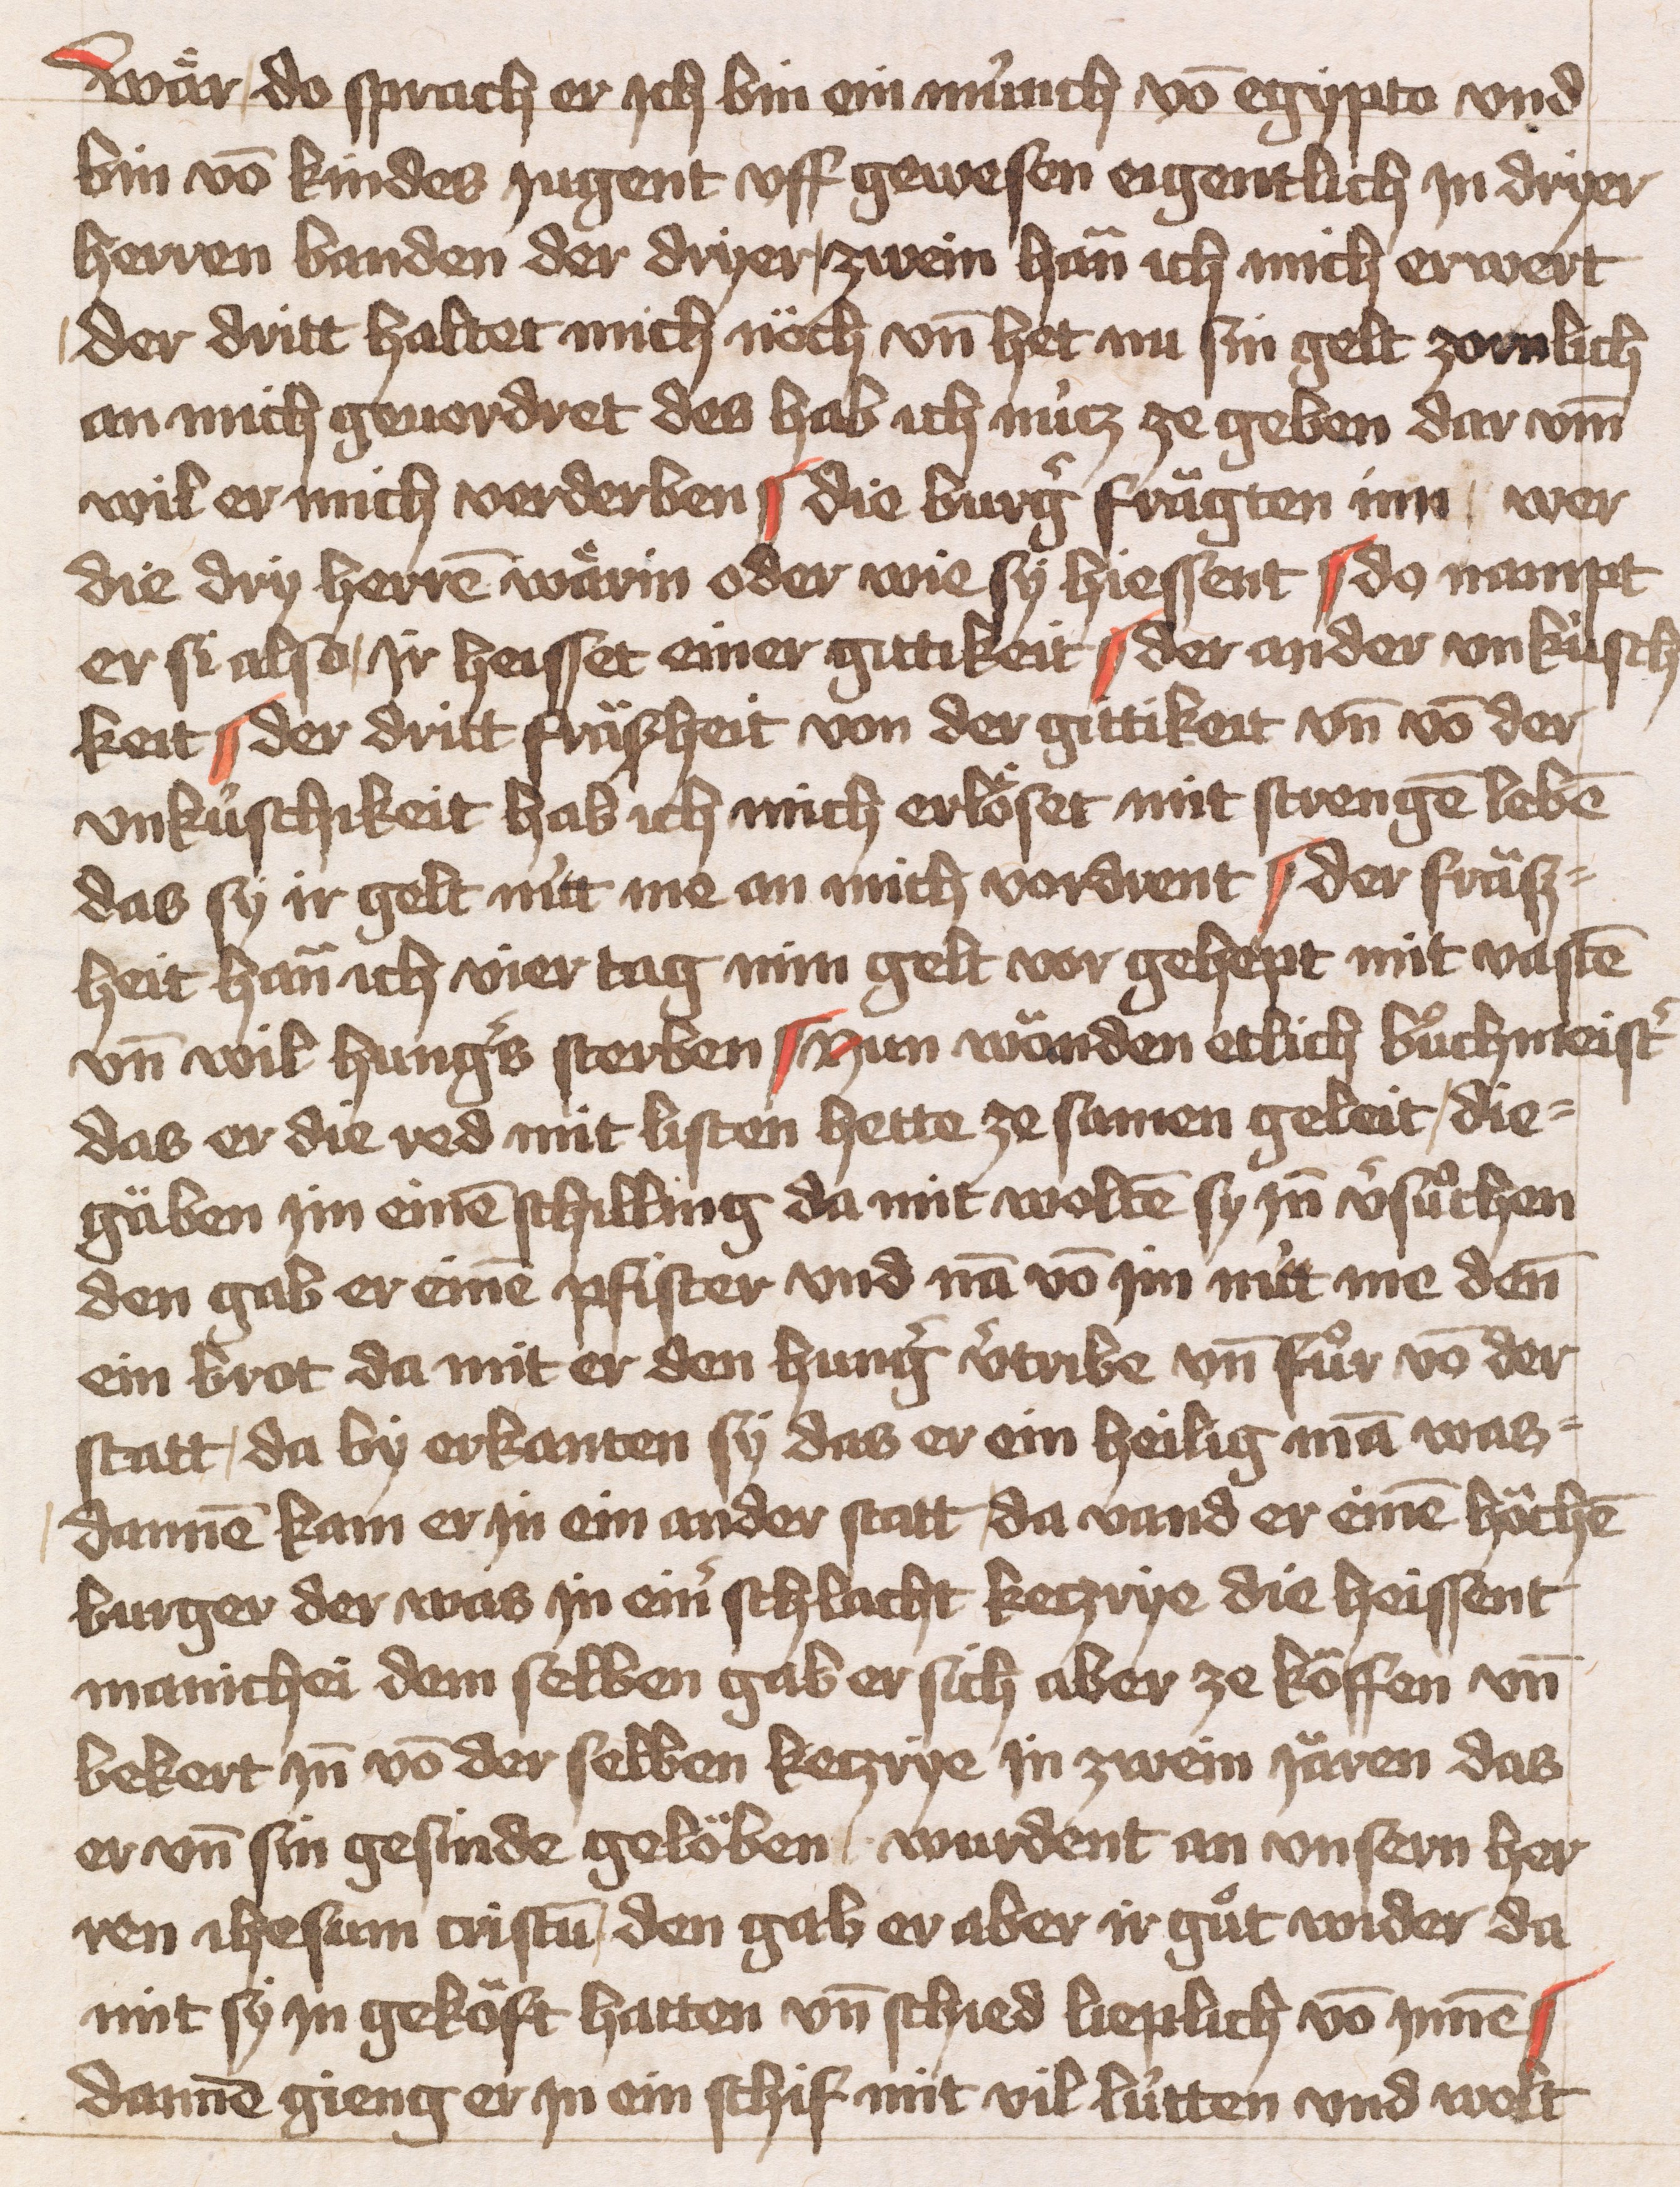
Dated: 1451–1451